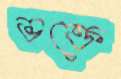
ভক্তে